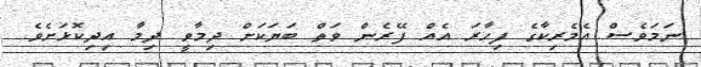
ނަމަވެސް އެމެރިކާގެ ފިހާރަ އެއް ފޭރެން ވަތް ބަޔަކަށް ދިމާވީ ދިމާ އިދިކޮޅަށެވެ.